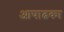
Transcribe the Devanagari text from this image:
आषाढका